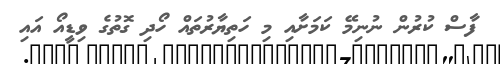
ފާސް ކުރުން ނުނިމޭ ކަމަށާއި މި ހަތިޔާރުތައް ހޯދި ގޮތުގެ ވިޑީއޯ އައި